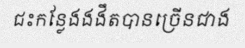
ជះកន្លែងងងឹតបានច្រើនជាង